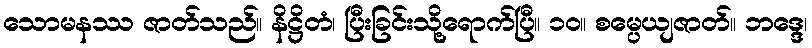
သောမနဿ ဇာတ်သည်။ နိဋ္ဌိတံ၊ ပြီးခြင်းသို့ရောက်ပြီ။ ၁၀။ စမ္ပေယျဇာတ်။ ဘဒ္ဒေ၊